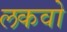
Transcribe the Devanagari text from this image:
लकवो